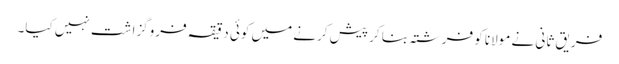
فریق ثانی نے مولانا کو فرشتہ بنا کر پیش کرنے میں کوئی دقیقہ فروگزاشت نہیں کیا۔